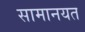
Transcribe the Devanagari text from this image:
सामानयत